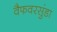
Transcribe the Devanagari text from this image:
वैफवरसुंडा